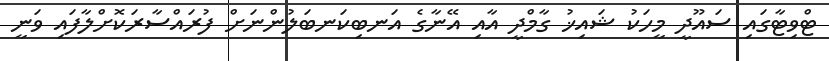
ޓްވިޓާގައި ސައޫދީ މީހަކު ޝައިޚު ގާމްދީ އާއި އޭނާގެ އަނބިކަނބަލުންނަށް ފުރައްސާރަކޮށްލާފައި ވަނީ